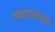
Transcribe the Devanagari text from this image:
व्यवहारमाधव